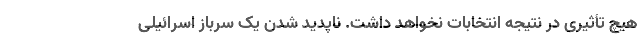
هیچ تأثیری در نتیجه انتخابات نخواهد داشت. ناپدید شدن یک سرباز اسرائیلی